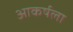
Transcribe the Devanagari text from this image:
आकर्षला